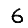
Digit: 6